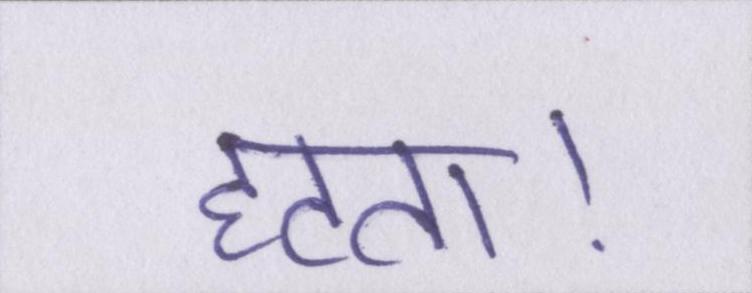
हटता।